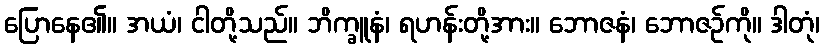
ပြောနေ၏။ အယံ၊ ငါတို့သည်။ ဘိက္ခူနံ၊ ရဟန်းတို့အား။ ဘောဇနံ၊ ဘောဇဉ်ကို။ ဒါတုံ၊